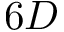
6 D